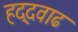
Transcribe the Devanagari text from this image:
हद्दवाढ